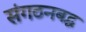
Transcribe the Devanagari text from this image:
संगठनबद्ध